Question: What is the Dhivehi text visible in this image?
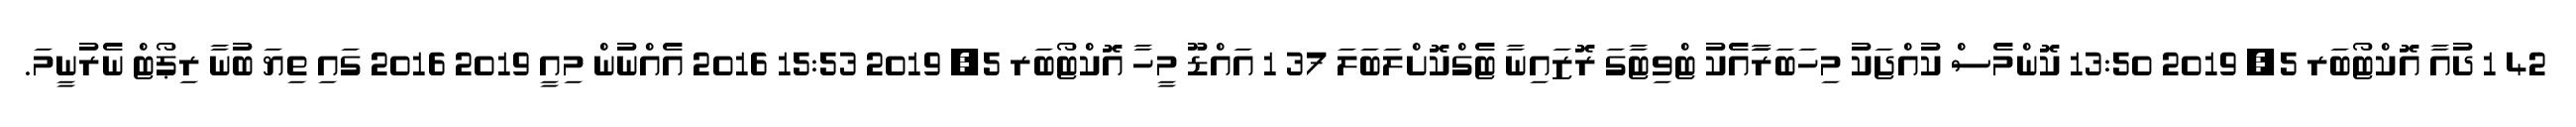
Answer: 42 1 ދުއާ އޮކްޓޯބަރ 5, 2019 13:50 ކޮންމެސް ކުއްޖަކު މިހަބަރާާާާާާާއެކު ޓްވިޓާގަ ރޮޒައިނާ ޓެގްކޮށްލަބަލަ 37 1 އައްޑޫ މީހާ އޮކްޓޯބަރ 5, 2019 15:53 2016 އެއްނުން މިއީ 2019 2016 ގައި ތިޔަ ބުނާ ރިޕޯޓް ނެރުނީމަ.